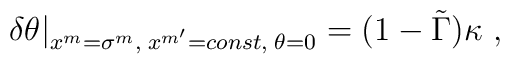
\delta \theta| _{x^m=\sigma^m, \; x^{m'}=const, \; \theta=0} = (1-\tilde\Gamma)  \kappa \ ,